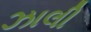
ઝાલી